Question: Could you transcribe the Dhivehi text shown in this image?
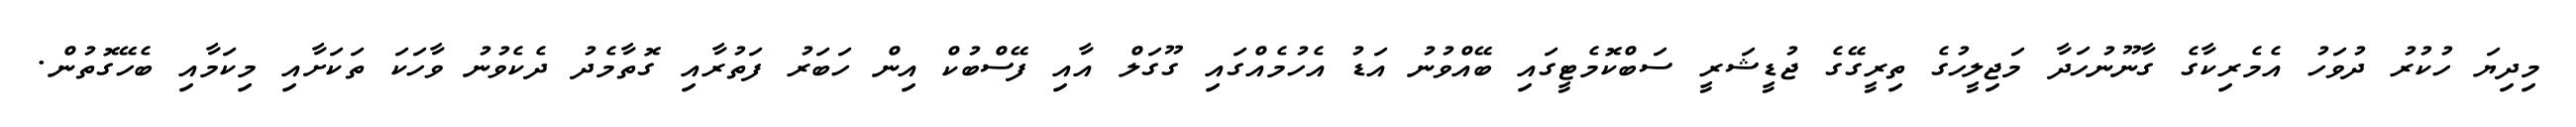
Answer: މިދިޔަ ހުކުރު ދުވަހު އެމެރިކާގެ ގާނޫނުހަދާ މަޖިލީހުގެ ތިރީގޭގެ ޖުޑީޝަރީ ސަބްކޮމެޓީގައި ބޭއްވުނު އަޑު އެހުމެއްގައި ގޫގަލް އާއި ފޭސްބުކް އިން ހަބަރު ފަތުރާއި ގޮތާމެދު ދެކެވުނު ވާހަކަ ތަކަށާއި މިކަމާއި ބެހޭގޮތުން.